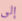
إلى